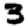
Digit: 3